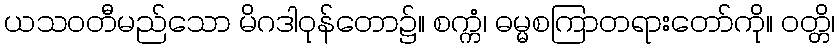
ယသဝတီမည်သော မိဂဒါဝုန်တော၌။ စက္ကံ၊ ဓမ္မစကြာတရားတော်ကို။ ဝတ္တိ၊